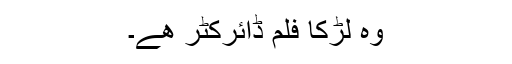
وہ لڑکا فلم ڈائرکٹر ھے۔